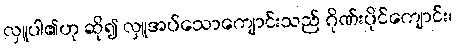
လှူပါ၏ဟု ဆို၍ လှူအပ်သောကျောင်းသည် ဂိုဏ်းပိုင်ကျောင်း၊